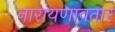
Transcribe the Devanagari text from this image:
नारायणावतार